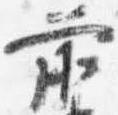
前